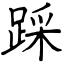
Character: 踩